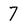
Character: 7